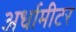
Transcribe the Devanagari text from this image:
अर्धामीटर